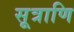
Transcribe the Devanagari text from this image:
सूत्राणि